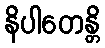
နိပါတေန္တိ